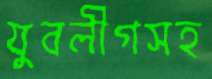
যুবলীগসহ